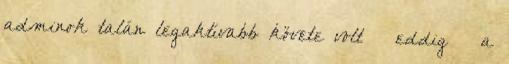
adminok talán legaktívabb követe volt – eddig – a